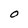
Character: O